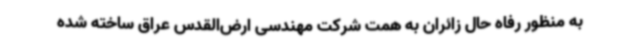
به منظور رفاه حال زائران به همت شرکت مهندسی ارض‌القدس عراق ساخته شده